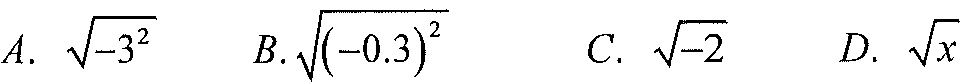
A. $\sqrt{-3^{2}}$  B. $\sqrt{(-0.3)^{2}}$  C. $\sqrt{-2}$  D. $\sqrt{x}$